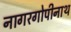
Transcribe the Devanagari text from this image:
नागरगोपीनाथ